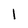
Character: 1